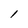
Character: l